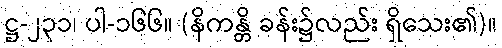
ဋ္ဌ-၂၃၁၊ ပါ-၁၆၆။ (နိကန္တိ ခန်း၌လည်း ရှိသေး၏)။